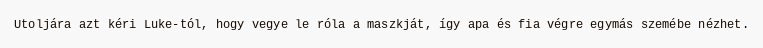
Utoljára azt kéri Luke-tól, hogy vegye le róla a maszkját, így apa és fia végre egymás szemébe nézhet.